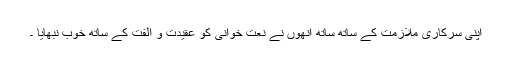
اپنی سرکاری ملازمت کے ساتھ ساتھ انھوں نے نعت خوانی کو عقیدت و الفت کے ساتھ خوب نبھایا ۔